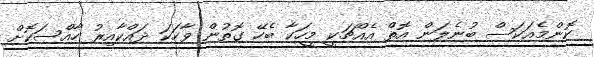
ކޮންމެއަކަސް ބުނެލަން އޮތް އެއްޗަކީ މީހަކާ ބެހޭ ގޮތުން ވާހަކަ ދައްކާއިރު ހާއްސަކޮށް